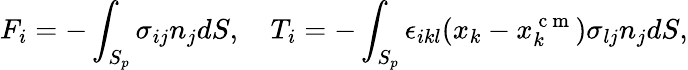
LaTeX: F_{i}=-\int_{S_{p}}\sigma_{ij}n_{j}dS,\quad T_{i}=-\int_{S_{p}}\epsilon_{ikl}(x_{k}-x_{k}^{\mathrm{~c~m~}})\sigma_{lj}n_{j}dS,